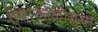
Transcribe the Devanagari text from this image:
त्याओळीच्या